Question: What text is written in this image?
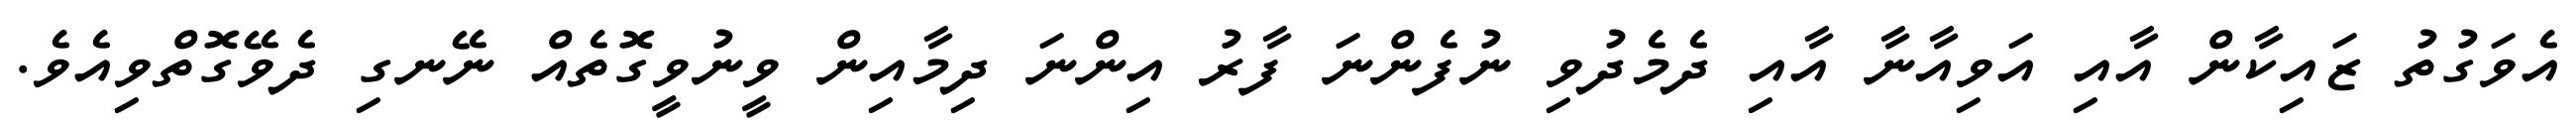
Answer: އެވަގުތު ޒައިކާން އާއި އަވިއާނާ އާއި ދެމެދުވި ނުފެންނަ ފާރު އިންނަ ދިމާއިން ވީނުވީގޮތެއް ނޭނގި ދެވޭގޮތްވިއެވެ.